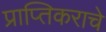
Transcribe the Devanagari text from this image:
प्राप्‍तिकराचे